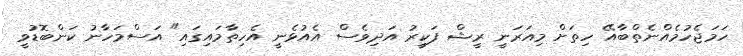
ހަމަޖެހުމެއްނެތްބާއޭ ހިތަށް މިއަރަނީ ރީޝް ފަކީރު އަދިވެސް އެއުޅެނީ އެހިތާމައިގައި" އަސްމަހާނު ކަންބޮޑުވީ